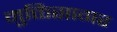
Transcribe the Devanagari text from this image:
मुक्तिसागर